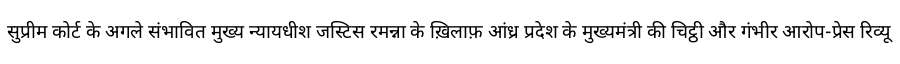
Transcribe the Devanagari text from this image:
सुप्रीम कोर्ट के अगले संभावित मुख्य न्यायधीश जस्टिस रमन्ना के ख़िलाफ़ आंध्र प्रदेश के मुख्यमंत्री की चिट्ठी और गंभीर आरोप-प्रेस रिव्यू